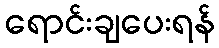
ရောင်းချပေးရန်